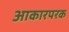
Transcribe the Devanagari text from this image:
आकारपरक